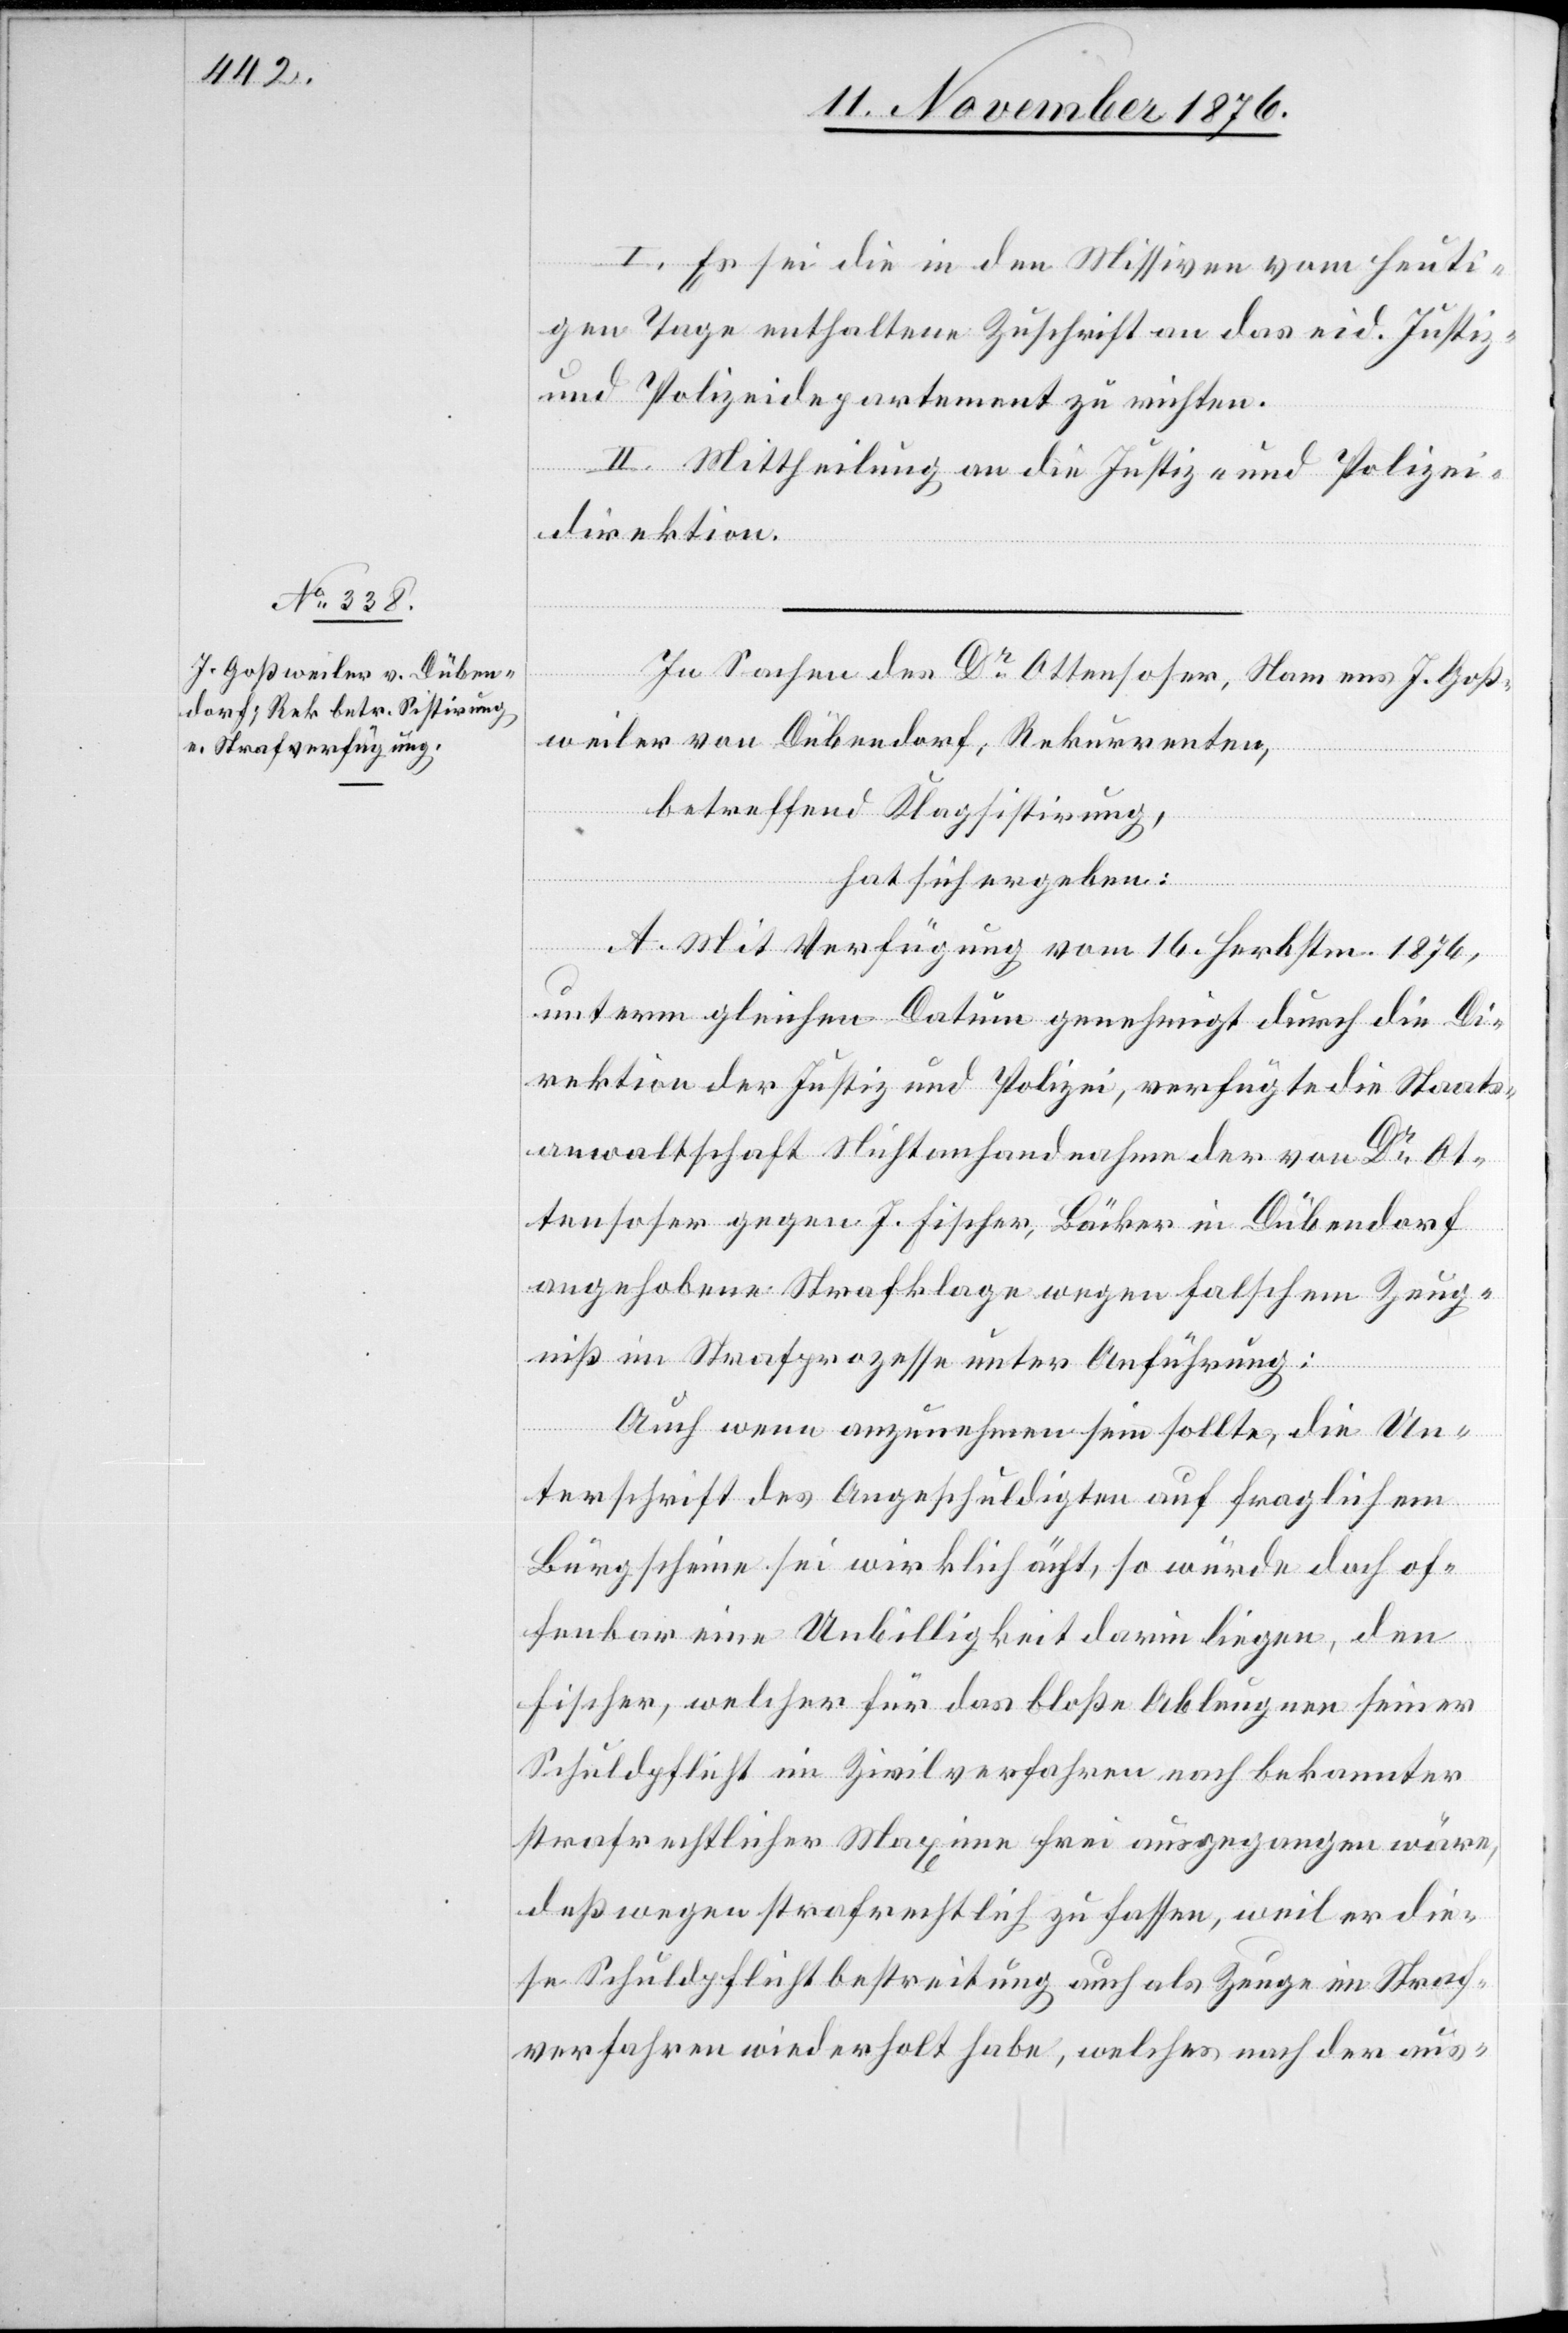
I. Es sei die in den Missiven vom heuti¬
gen Tage enthaltene Zuschrift an das eid. Justiz-
und Polizeidepartement zu richten.
II. Mittheilung an die Justiz- und Polizei¬
direktion.
In Sachen des Dr Ottensoser, Namens J. Goß¬
weiler von Dübendorf, Rekurrenten,
betreffend Klagsistirung,
hat sich ergeben:
A. Mit Verfügung vom 16. Herbstm. 1876,
unterm gleichen Datum genehmigt durch die Di¬
rektion der Justiz und Polizei, verfügte die Staats¬
anwaltschaft Nichtanhandnahme der von Dr Ot¬
tensoser gegen J. Fischer, Bäcker in Dübendorf
angehobene Strafklage wegen falschem Zeug¬
niß im Strafprozesse unter Anführung.
Auch wenn anzunehmen sein sollte, die Un¬
terschrift des Angeschuldigten auf fraglichem
Bürgschein sei wirklich ächt, so würde doch of¬
fenbar eine Unbilligkeit darin liegen, den
Fischer, welcher für das bloße Ableugnen seiner
Schuldpflicht im Zivilverfahren nach bekannter
strafrechtlicher Maxime frei ausgegangen wäre,
deßwegen strafrechtlich zu fassen, weil er die¬
se Schuldpflichtbestreitung auch als Zeuge im Straf¬
verfahren wiederholt habe, welches nach der aus-